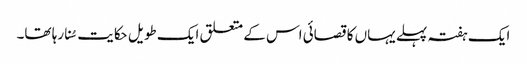
ایک ہفتہ پہلے یہاں کا قصائی اس کے متعلق ایک طویل حکایت سُنا رہا تھا۔